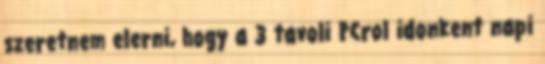
szeretnem elerni, hogy a 3 tavoli PCrol idonkent napi